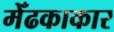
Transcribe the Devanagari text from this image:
मेँढकाकार